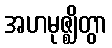
အဟမုဇ္ဈိတွာ